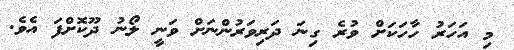
މި އަހަރު ހާހަކަށް ވުރެ ގިނަ ދަރިވަރުންނަށް ވަނީ ލޯނު ދޫކޮށްފަ އެވެ.